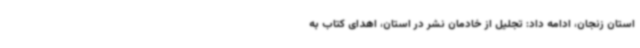
استان زنجان، ادامه داد: تجلیل از خادمان نشر در استان، اهدای کتاب به